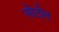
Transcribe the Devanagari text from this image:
मोटोन